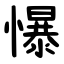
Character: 懪